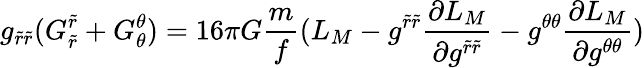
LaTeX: g_{\tilde{r}\tilde{r}}(G_{\tilde{r}}^{\tilde{r}}+G_{\theta}^{\theta})=16\pi G\frac{m}{f}(L_{M}-g^{\tilde{r}\tilde{r}}\frac{\partial L_{M}}{\partial g^{\tilde{r}\tilde{r}}}-g^{\theta\theta}\frac{\partial L_{M}}{\partial g^{\theta\theta}})